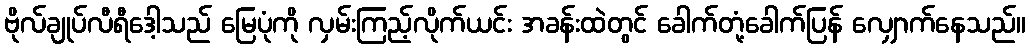
ဗိုလ်ချုပ်လီရီဒေါ့သည် မြေပုံကို လှမ်းကြည့်လိုက်ယင်း အခန်းထဲတွင် ခေါက်တုံ့ခေါက်ပြန် လျှောက်နေသည်။